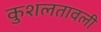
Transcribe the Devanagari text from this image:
कुशलतावली